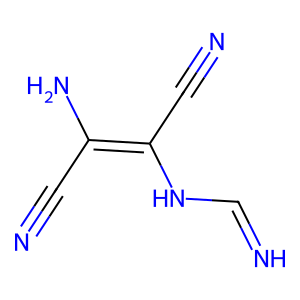
SMILES: N#CC(N)=C(C#N)NC=N
Inhibits HIV replication: No